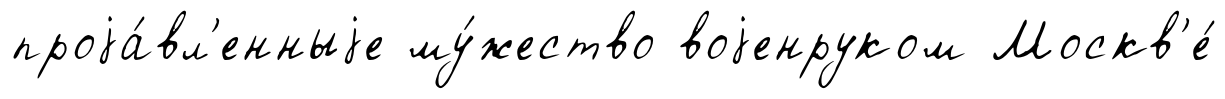
проjа́вл'енныjе му́жество воjенруком Москв'е́